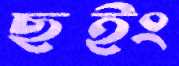
ছইং